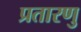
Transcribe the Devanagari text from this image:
प्रतारणु